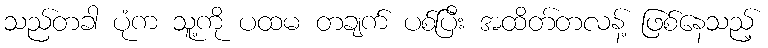
သည်တခါ ပုံက သူ့ကို ပထမ တချက် ပစ်ပြီး အထိတ်တလန့် ဖြစ်နေသည့်